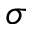
\sigma